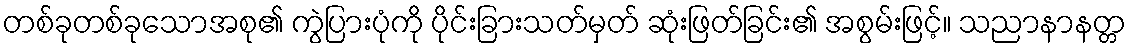
တစ်ခုတစ်ခုသောအစု၏ ကွဲပြားပုံကို ပိုင်းခြားသတ်မှတ် ဆုံးဖြတ်ခြင်း၏ အစွမ်းဖြင့်။ သညာနာနတ္တ